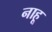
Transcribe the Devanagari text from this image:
नाहू